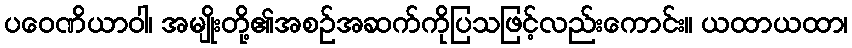
ပဝေဏိယာဝါ၊ အမျိုးတို့၏အစဉ်အဆက်ကိုပြသဖြင့်လည်းကောင်း။ ယထာယထာ၊